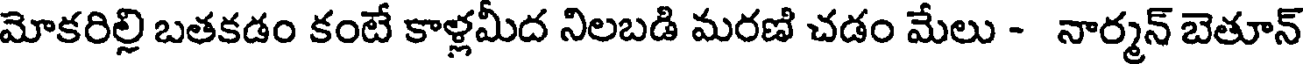
మోకరిల్లి బతకడం కంటే కాళ్లమీద నిలబడి మరణి చడం మేలు - నార్మన్ బెతూన్